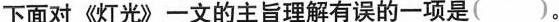
下面对《灯光》一文的主旨理解有误的一项是( )。